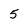
Character: 5